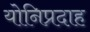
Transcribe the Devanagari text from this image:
योनिप्रदाह